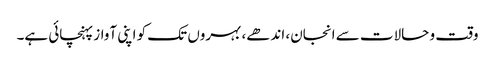
وقت و حالات سے انجان، اندھے، بہروں تک کو اپنی آواز پہنچائی ہے۔